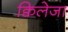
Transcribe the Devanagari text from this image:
क्विलेजा